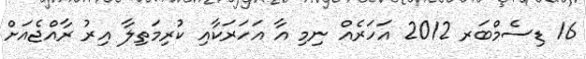
16 ޑިސެމްބަރ 2012 އަހަރެއް ނިމި އާ އަހަރަކާއި ކުރިމަތިލާ އިރު ރާއްޖެއަށް